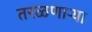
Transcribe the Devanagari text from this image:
तरळणाऱ्या